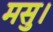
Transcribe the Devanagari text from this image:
मसु।